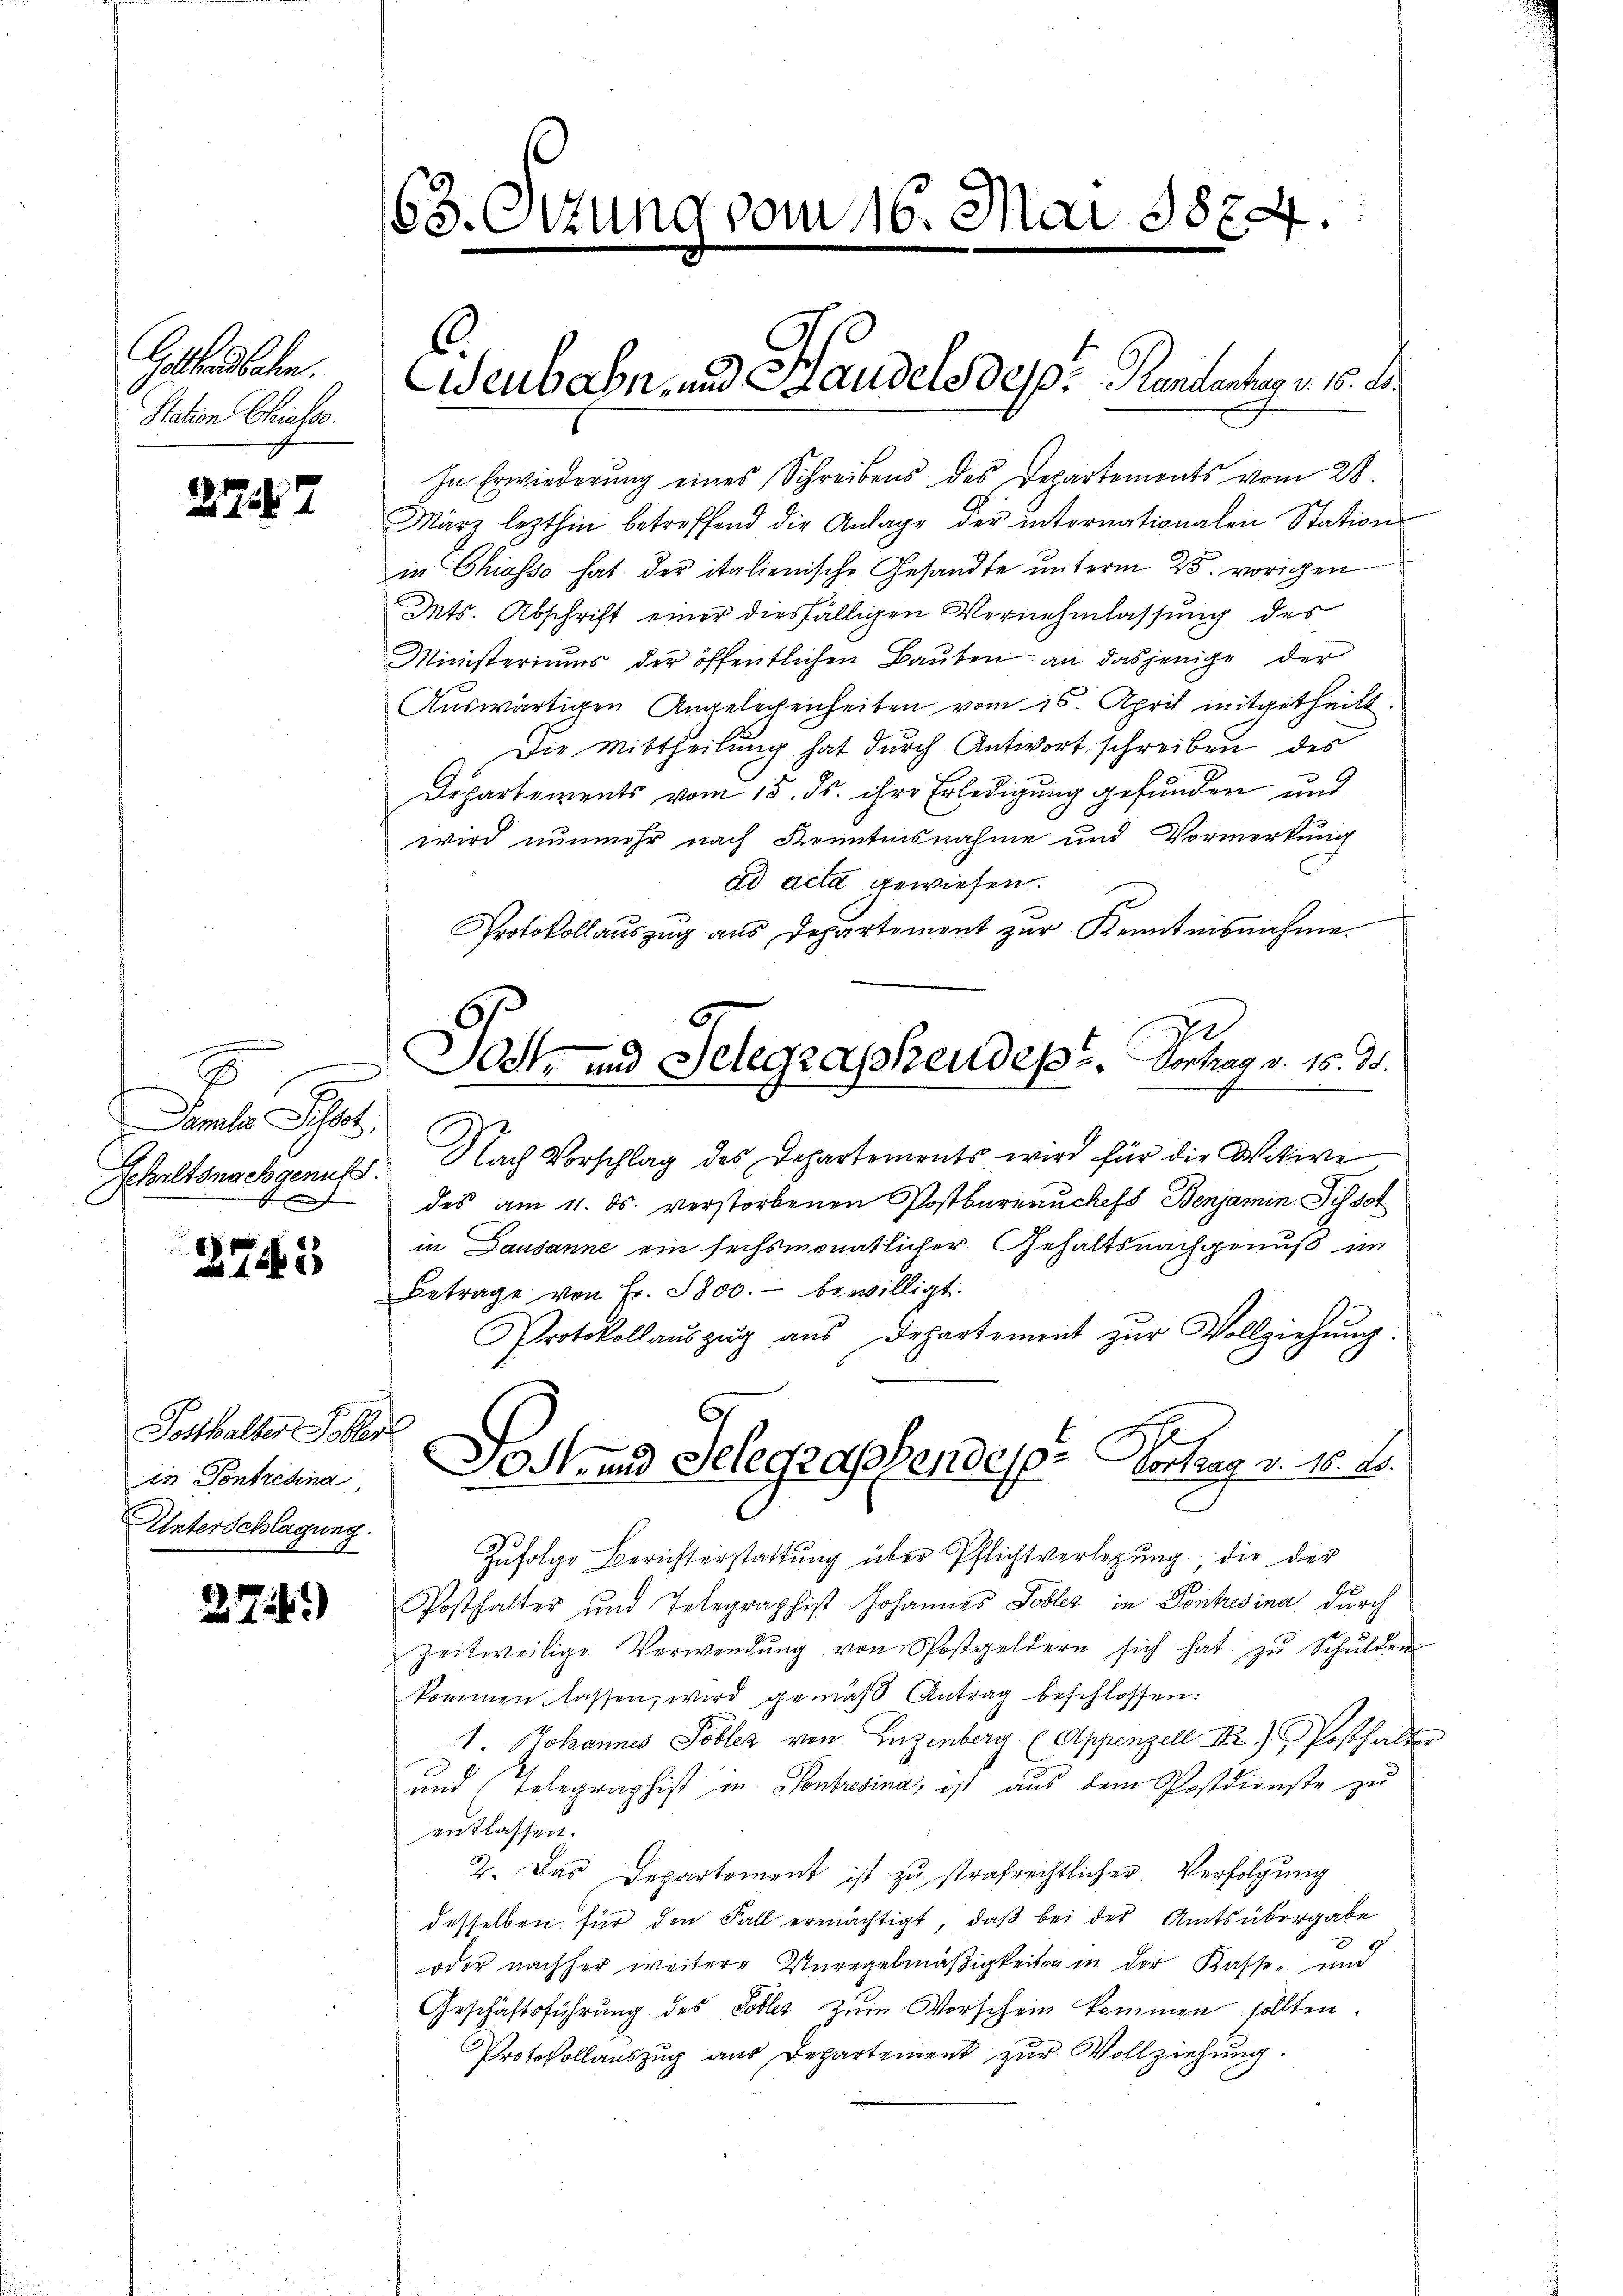
Gothandlehen.
Station Chrisos.

2757

.
Damals Schor,
Gehaltsnachgenuss.
 h

3745

Posthalter Foller
in Pontredna
Unterschlagung.

278.)

s
.

168. Ottung vom 16. Mai 1874.

Eisenbahn- und Handels des Rententen v. 18. d.

In Erwiederung eines Schreibens des Departements vom 28.
März lezthin betreffend die Anlage der internationalen Station
in Chiasso hat der italienische Gesandte unterm 25. vorigen
Mts. Abschrift einer diesfälligen Vernehmlassung des
Ministeriums der öffentlichen Bauten an dasjenige der
Auswärtigen Angelegenheiten vom 16. April mitgetheilt.
Die Mittheilung hat durch Antwort schreiben des
Departements vom 15. ds. ihre Erledigung gefunden und
wird nunmehr nach Kenntnisnahme und Vormerkung
ad acta gewiesen.
Protokollauszug aus Departement zur Kenntnisnahme.
Nach Vorschlag des Departements wird für die Witwe
des am 11. ds. verstorbenen Postbureauchefs Benjamin Pissot
in Lausanne ein sechsmonatlicher Gehaltsnachgenuß im
Betrage von Fr. 5800.- bewilligt.
Protokollaŭszŭg aŭs Departement zŭr Vollziehŭng.
6
Gost- und Gelegraschendesp. Vortrag v. 16. d.
Zufolge Berichterstattung über Pflichtverlegung, die der
Posthalter und Telegraphist Johannes Lobler in Pontusina durch
zeitweilige Verwendung von Postgeldern sich hat zu Schulden
kommen lassen, wird gemäß Antrag beschlossen:
1. Johannes Tobler von Zuzenberg. (Appenzell II) Posthalt
und (Telegraphist in Sonbresina, ist aus dem Postdienste zu
entlassen.
2. Das Departement ist zu strafrechtlicher Verfolgung
desselben für den Fall ermächtigt, daß bei der Amtsübergabe
oder nachher weitere Unregelmäßigkeiten in der Kasse und
Geschäftsführŭng des Tobler zŭm Vorschein kommen sollten.
Protokollauszug aus Departement zur Vollziehung.

6
Jost und Telegrassendeps. Vortrag v. 15. ds.